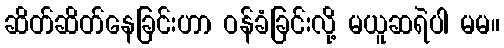
ဆိတ်ဆိတ်နေခြင်းဟာ ဝန်ခံခြင်းလို့ မယူဆရဲပါ မမ။